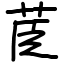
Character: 茞